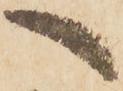
へ